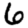
Digit: 6